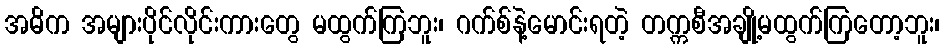
အဓိက အများပိုင်လိုင်းကားတွေ မထွက်ကြဘူး၊ ဂက်စ်နဲ့မောင်းရတဲ့ တက္ကစီအချို့မထွက်ကြတော့ဘူး၊